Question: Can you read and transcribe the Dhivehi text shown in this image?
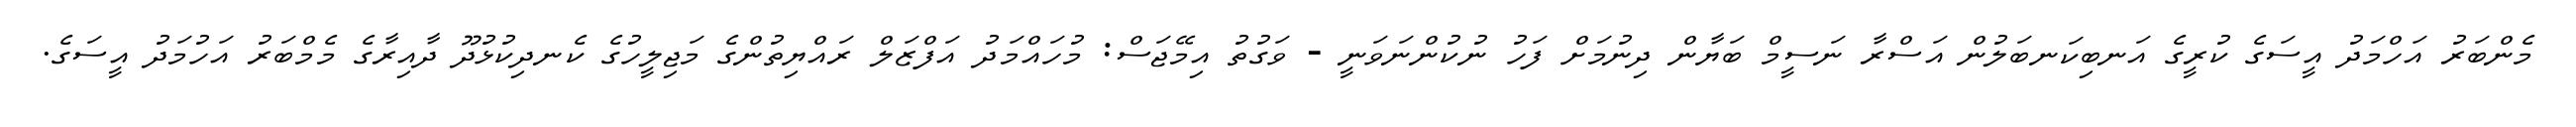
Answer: މެންބަރު އަހްމަދު އީސަގެ ކުރީގެ އަނބިކަނބަލުން އަސްރާ ނަސީމް ބަޔާން ދިނުމަށް ފަހު ނުކުންނަވަނީ - ވަގުތު އިމޭޖަސް: މުހައްމަދު އަފްޒަލް ރައްޔިތުންގެ މަޖިލީހުގެ ކެނދިކުޅުދޫ ދާއިރާގެ މެމްބަރު އަހުމަދު އީސަގެ.